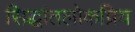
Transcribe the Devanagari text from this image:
सिद्धांतलोकप्रिय